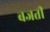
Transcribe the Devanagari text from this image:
बजतीं